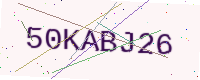
Text: 50KABJ26